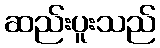
ဆည်းပူးသည်